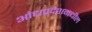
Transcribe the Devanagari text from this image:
आंध्रप्रदेशमधील